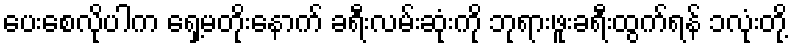
ပေးစေလိုပါက ရှေ့မတိုးနောက် ခရီးလမ်းဆုံးကို ဘုရားဖူးခရီးထွက်ရန် ၁လုံးတို့